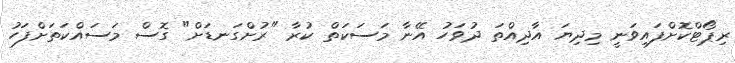
ރިޕޯޓްކޮށްފައިވަނީ މިދިޔަ އާދިއްތަ ދުވަހު އޭނާ މަސަކަތް ކުރާ "ރުށްގަނޑަށް" ގޮސް މަސައްކަތަށްފަހު